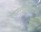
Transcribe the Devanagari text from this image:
वेदान्ताविषयीचा